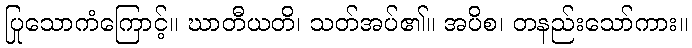
ပြုသောကံကြောင့်။ ဃာတီယတိ၊ သတ်အပ်၏။ အပိစ၊ တနည်းသော်ကား။